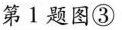
第1题图③